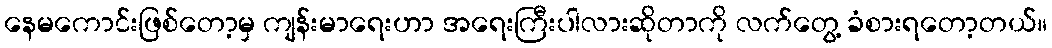
နေမကောင်းဖြစ်တော့မှ ကျန်းမာရေးဟာ အရေးကြီးပါလားဆိုတာကို လက်တွေ့ ခံစားရတော့တယ်။